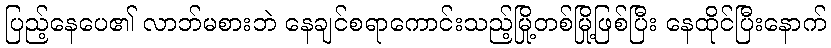
ပြည့်နေပေ၏ လာဘ်မစားဘဲ နေချင်စရာကောင်းသည့်မြို့တစ်မြို့ဖြစ်ပြီး နေထိုင်ပြီးနောက်